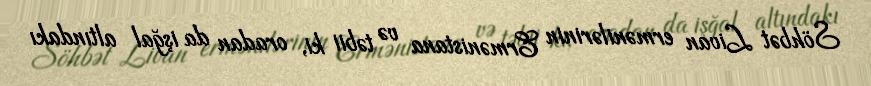
Söhbət Livan ermənilərinin Ermənistana və təbii ki, oradan da işğal altındakı